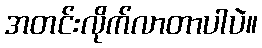
အတင်းလိုက်လာတာပါပဲ။